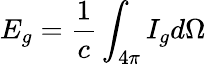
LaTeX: E_{g}=\frac{1}{c}\int_{4\pi}I_{g}d\Omega